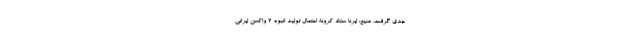
جدی گرفت. منیع: ایرنا ستاد کرونا: احتمال تولید انبوه ۲ واکسن ایرانی